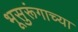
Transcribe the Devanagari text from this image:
भूसुरूंगाच्या